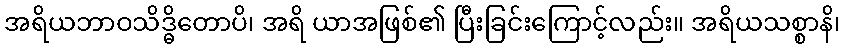
အရိယဘာဝသိဒ္ဓိတောပိ၊ အရိ ယာအဖြစ်၏ ပြီးခြင်းကြောင့်လည်း။ အရိယသစ္စာနိ၊